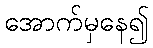
အောက်မှနေ၍